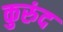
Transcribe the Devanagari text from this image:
कुरुंद